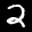
Label: 2